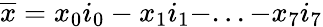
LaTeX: \overline{{x}}=x_{0}i_{0}-x_{1}i_{1}-...-x_{7}i_{7}